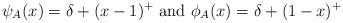
LaTeX: \begin{align*}\psi_A(x)= \delta +(x-1)^+ \mbox{ and } \phi_A(x)=\delta +(1-x)^+\end{align*}